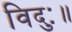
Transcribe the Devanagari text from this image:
विदुः॥